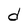
Character: d